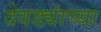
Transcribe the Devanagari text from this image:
देवड्यांच्या